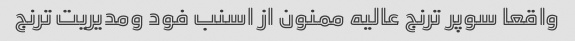
واقعا سوپر ترنج عالیه ممنون از اسنب فود ومدیریت ترنج